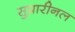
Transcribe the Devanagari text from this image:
सुप्रारीनल